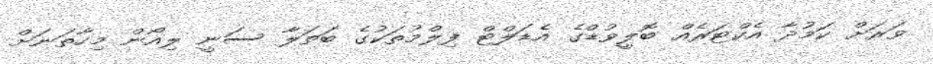
ވަރަށް ކަމުދާ އެކްޓަރެއް ބޮލީވުޑްގެ އެޑަލްޓް ފިލްމުތަކުގެ ބަތަލާ ސަނީ ލިއޯން މިހާތަނަށް